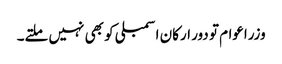
وزراعوام تو دور ارکان اسمبلی کو بھی نہیں ملتے۔